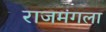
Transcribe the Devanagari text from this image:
राजमंगला